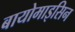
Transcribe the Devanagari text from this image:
बायोमाइसिन